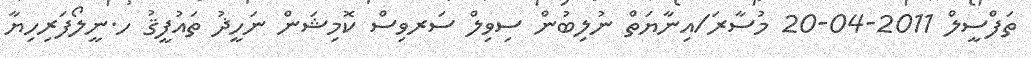
ތަފްސީލް 2011-04-20 މުސާރަ/އިނާޔަތް ނުލިބުން ސިވިލް ސަރވިސް ކޮމިޝަން ނަހީޛު ތައުފީޤު ހ.ނީލޯފަރިހިޔާ